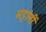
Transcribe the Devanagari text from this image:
भट्टांनीं